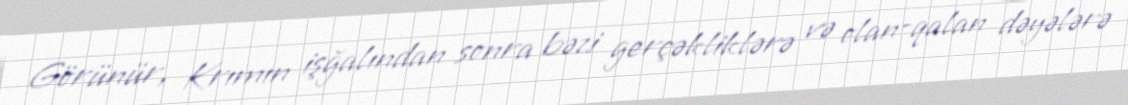
Görünür, Krımın işğalından sonra bəzi gerçəkliklərə və olan-qalan dəyələrə